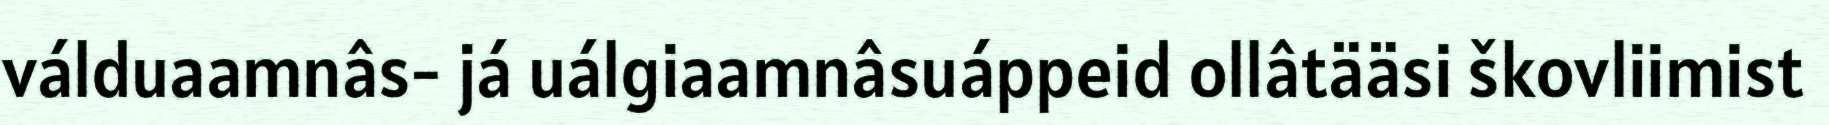
válduaamnâs- já uálgiaamnâsuáppeid ollâtääsi škovliimist